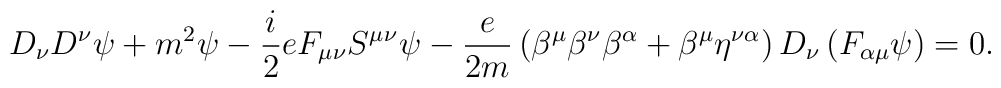
D_{\nu }D^{\nu }\psi +m^{2}\psi -\frac{i}{2}eF_{\mu \nu }S^{\mu }{}^{\nu}\psi -\frac{e}{2m}\left( \beta ^{\mu }\beta ^{\nu }\beta ^{\alpha }+\beta^{\mu }\eta ^{\nu \alpha }\right) D_{\nu }\left( F_{\alpha \mu }\psi \right)=0.